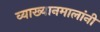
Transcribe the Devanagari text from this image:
व्याख्यानमालांनी